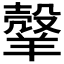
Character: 𦎼